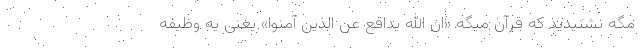
مگه نشنیدید که قرآن میگه «ان الله یدافع عن الذین آمنوا» یعنی یه وظیفه